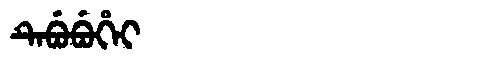
Manchu: ᡨᡝᠪᡠᠪᡠᡥᡝᡳ
Romanization: TEBUBUHEI